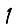
Digit: 1